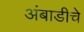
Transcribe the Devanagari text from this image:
अंबाडीचे